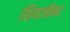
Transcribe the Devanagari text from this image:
शिवजीका